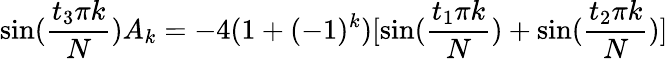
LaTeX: \sin(\frac{t_{3}\pi k}N)A_{k}=-4(1+(-1)^{k})[\sin(\frac{t_{1}\pi k}N)+\sin(\frac{t_{2}\pi k}N)]